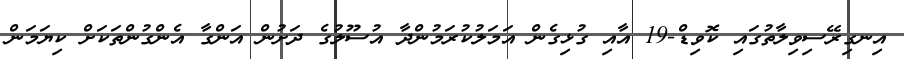
އިނގިރޭސިވިލާތުގައި ކޮވިޑް-19 އާއި ގުޅިގެން އަމަލުކުރަމުންދާ އުސޫލުގެ ދަށުން އަންގާ އެންގުންތަކަށް ކިޔަމަން